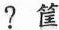
?筐